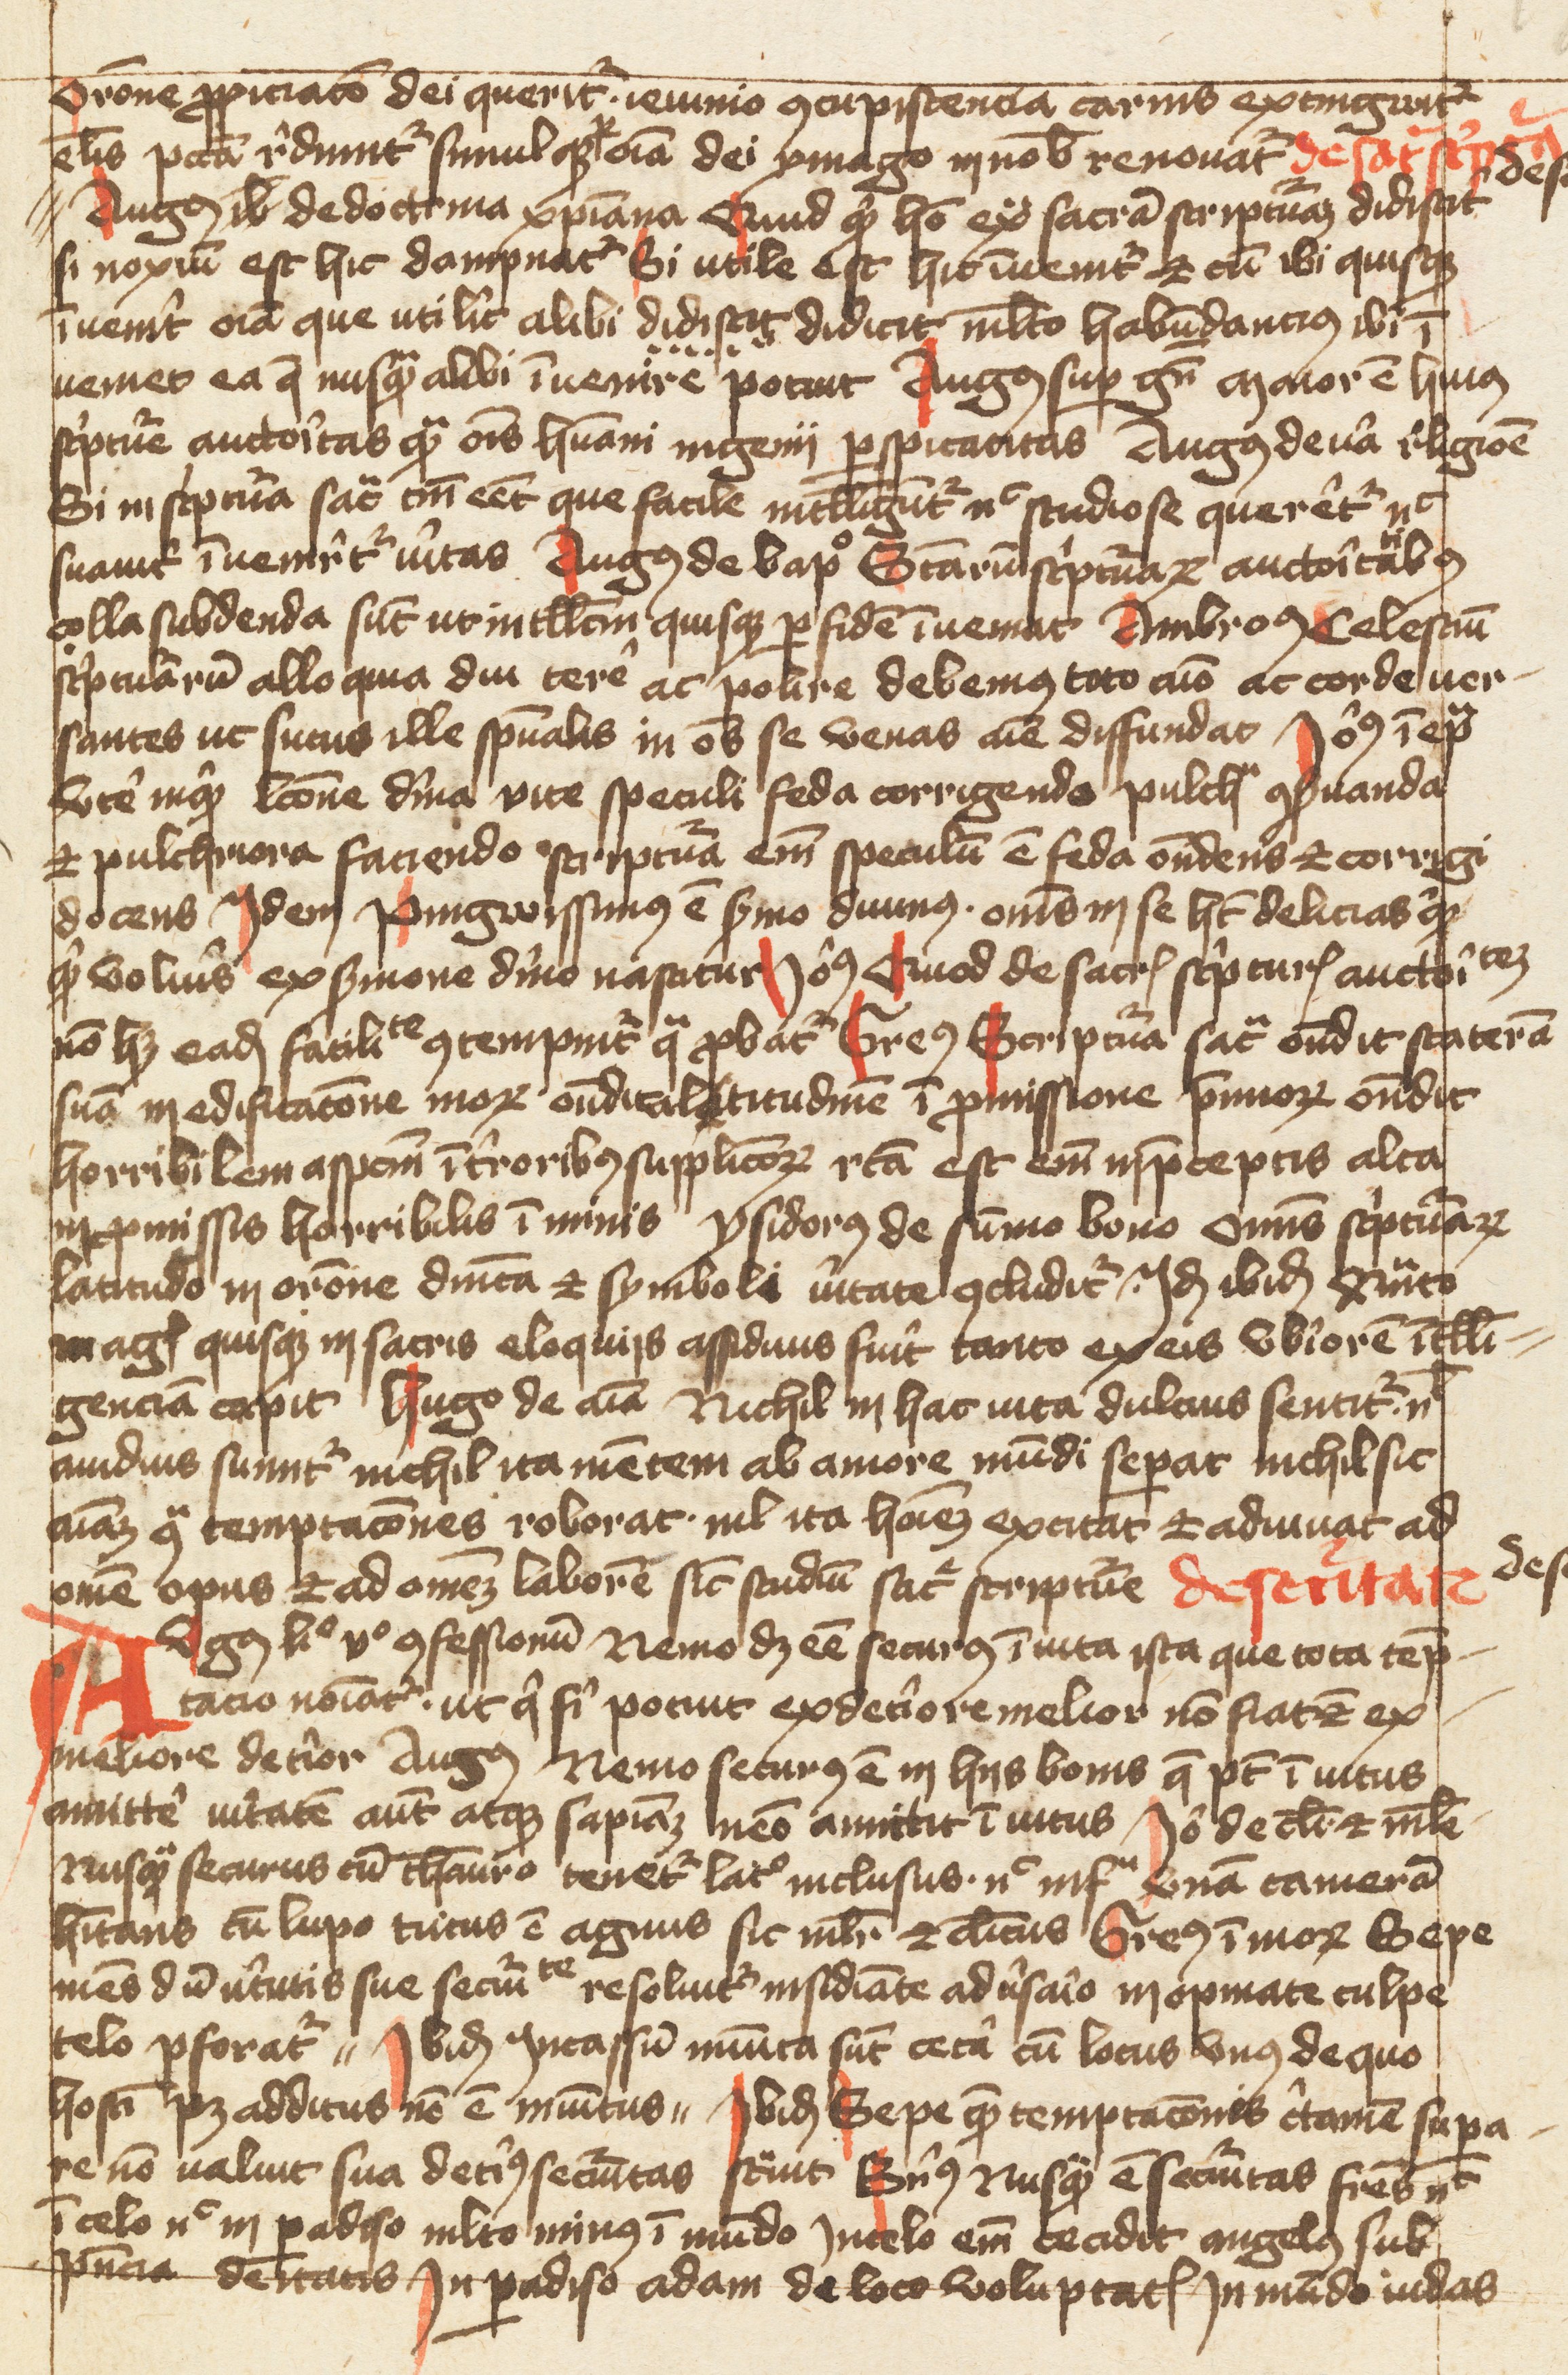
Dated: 1400–1499